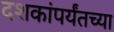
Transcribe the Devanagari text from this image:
दशकांपर्यंतच्या